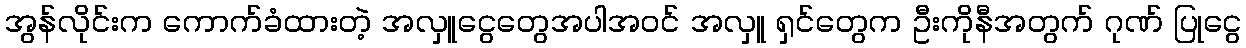
အွန်လိုင်းက ကောက်ခံထားတဲ့ အလှူငွေတွေအပါအဝင် အလှူ ရှင်တွေက ဦးကိုနီအတွက် ဂုဏ် ပြုငွေ